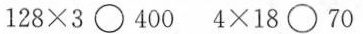
$$1 2 8 \times 3 \circ 4 0 0$$ $$4 \times 1 8 \circ 7 0$$